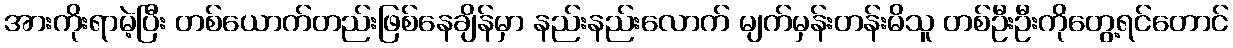
အားကိုးရာမဲ့ပြီး တစ်ယောက်တည်းဖြစ်နေချိန်မှာ နည်းနည်းလောက် မျက်မှန်းတန်းမိသူ တစ်ဦးဦးကိုတွေ့ရင်တောင်